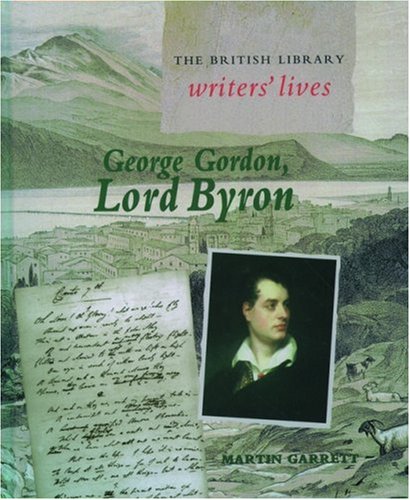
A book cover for George Gordon, Lord Byron (British Library Writers' Lives Series); Martin Garrett; Teen & Young Adult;